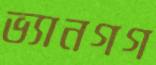
ভ্যানগগ